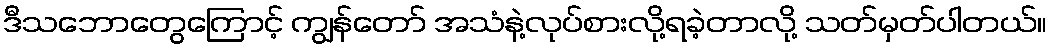
ဒီသဘောတွေကြောင့် ကျွန်တော် အသံနဲ့လုပ်စားလို့ရခဲ့တာလို့ သတ်မှတ်ပါတယ်။